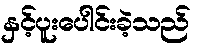
နှင့်ပူးပေါင်းခဲ့သည်